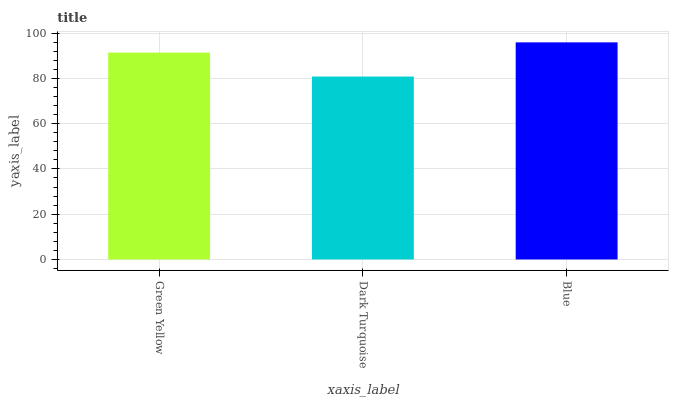
| xaxis_label | bars |
 | --- | --- |
 | Green Yellow | 91.4 |
 | Dark Turquoise | 80.8 |
 | Blue | 95.9 |